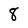
Character: 8